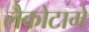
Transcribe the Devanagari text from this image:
लैकोटामें